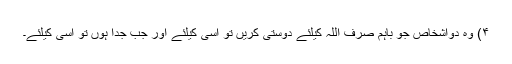
۴) وہ دواشخاص جو باہم صرف اللہ کیلئے دوستی کریں تو اسی کیلئے اور جب جدا ہوں تو اسی کیلئے۔